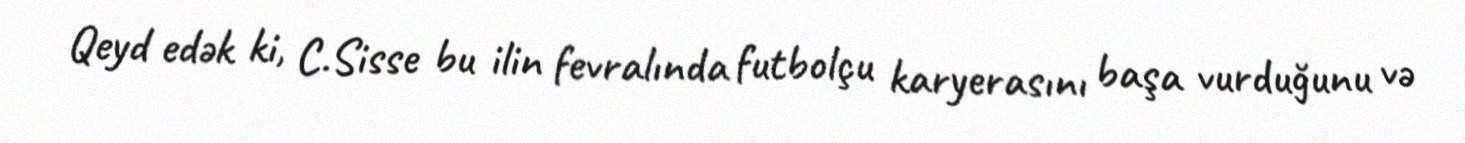
Qeyd edək ki, C.Sisse bu ilin fevralında futbolçu karyerasını başa vurduğunu və